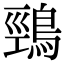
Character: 鵛